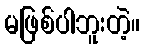
မဖြစ်ပါဘူးတဲ့။